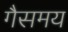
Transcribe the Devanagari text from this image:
गैसमय